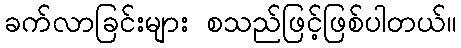
ခက်လာခြင်းများ စသည်ဖြင့်ဖြစ်ပါတယ်။